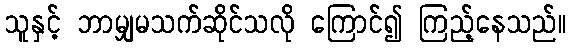
သူနှင့် ဘာမျှမသက်ဆိုင်သလို ကြောင်၍ ကြည့်နေသည်။